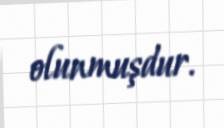
olunmuşdur.